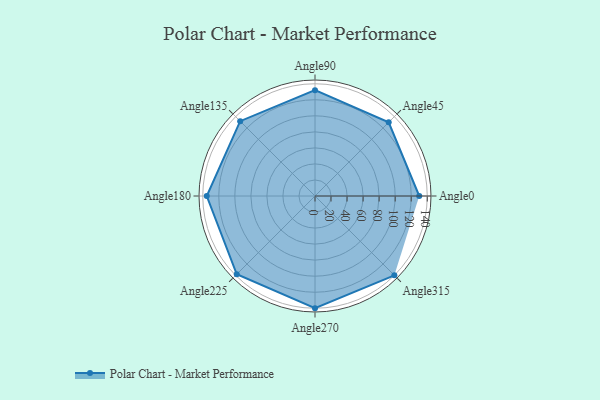
{"axis": {"x": "Angle", "y": "Radius"}, "legend": [""], "data": [{"x": "Angle0", "y": 130.0, "type": ""}, {"x": "Angle45", "y": 130.0, "type": ""}, {"x": "Angle90", "y": 132.0, "type": ""}, {"x": "Angle135", "y": 132.0, "type": ""}, {"x": "Angle180", "y": 135.0, "type": ""}, {"x": "Angle225", "y": 138.0, "type": ""}, {"x": "Angle270", "y": 140.0, "type": ""}, {"x": "Angle315", "y": 140.0, "type": ""}]}